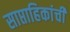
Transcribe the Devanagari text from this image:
साप्ताहिकांची